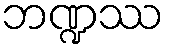
ဘဏ္ဍဿ